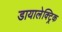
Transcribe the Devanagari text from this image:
डायालेक्ट्रिक